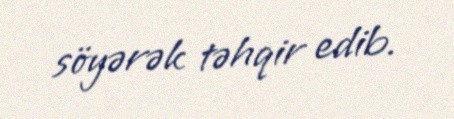
söyərək təhqir edib.